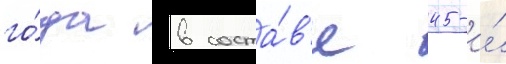
го́да в соста́в'е 45-и́